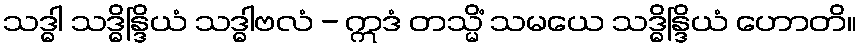
သဒ္ဓါ သဒ္ဓိန္ဒြိယံ သဒ္ဓါဗလံ - ဣဒံ တသ္မိံ သမယေ သဒ္ဓိန္ဒြိယံ ဟောတိ။